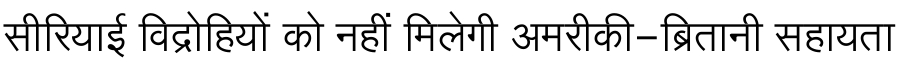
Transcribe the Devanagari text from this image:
सीरियाई विद्रोहियों को नहीं मिलेगी अमरीकी-ब्रितानी सहायता